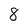
Character: 8